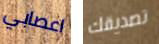
اعصابي تصديقك